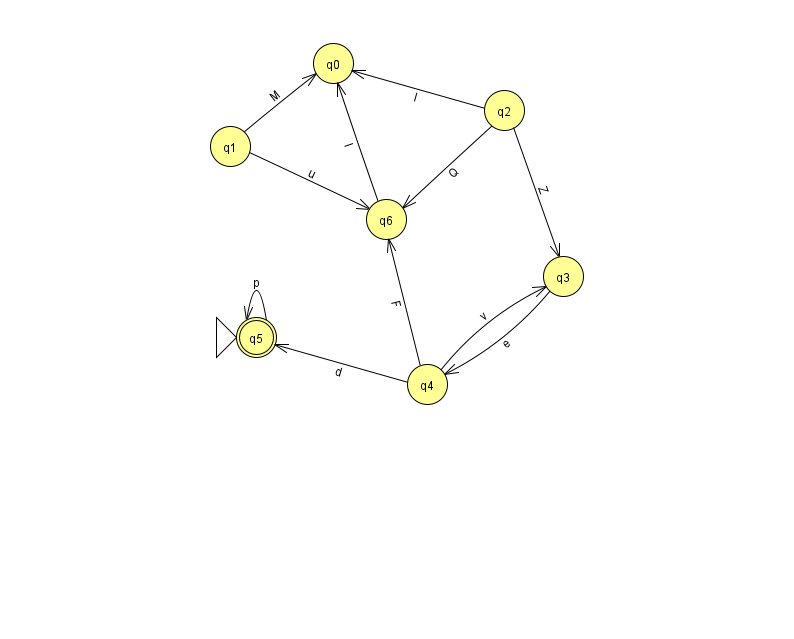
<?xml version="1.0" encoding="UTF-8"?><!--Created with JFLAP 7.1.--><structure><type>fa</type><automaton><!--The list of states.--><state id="0" name="q0"><x>333.0</x><y>50.0</y></state><state id="1" name="q1"><x>230.0</x><y>133.0</y></state><state id="2" name="q2"><x>504.0</x><y>97.0</y></state><state id="3" name="q3"><x>563.0</x><y>263.0</y></state><state id="4" name="q4"><x>427.0</x><y>371.0</y></state><state id="5" name="q5"><x>256.0</x><y>324.0</y><initial/><final/></state><state id="6" name="q6"><x>386.0</x><y>206.0</y></state><!--The list of transitions.--><transition><from>5</from><to>5</to><read>p</read></transition><transition><from>2</from><to>0</to><read>I</read></transition><transition><from>4</from><to>6</to><read>F</read></transition><transition><from>1</from><to>0</to><read>M</read></transition><transition><from>4</from><to>5</to><read>d</read></transition><transition><from>2</from><to>6</to><read>Q</read></transition><transition><from>6</from><to>0</to><read>I</read></transition><transition><from>2</from><to>3</to><read>Z</read></transition><transition><from>1</from><to>6</to><read>u</read></transition><transition><from>3</from><to>4</to><read>e</read></transition><transition><from>4</from><to>3</to><read>v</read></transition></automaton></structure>